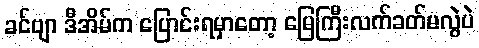
ခင်ဗျာ ဒီအိမ်က ပြောင်းရမှာတော့ မြေကြီးလက်ခတ်မလွဲပဲ